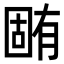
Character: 𣎏